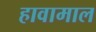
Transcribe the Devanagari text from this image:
हावामाल